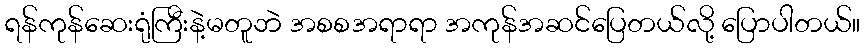
ရန်ကုန်ဆေးရုံကြီးနဲ့မတူဘဲ အစစအရာရာ အကုန်အဆင်ပြေတယ်လို့ ပြောပါတယ်။